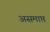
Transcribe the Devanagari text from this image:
असमाप्त